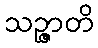
သဉ္ဇာတိ